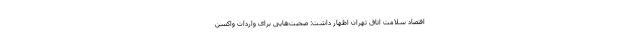
اقتصاد سلامت اتاق تهران اظهار داشت:‌ صحبت‌هایی برای واردات واکسن